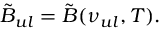
\tilde { B } _ { u l } = \tilde { B } ( \nu _ { u l } , T ) .